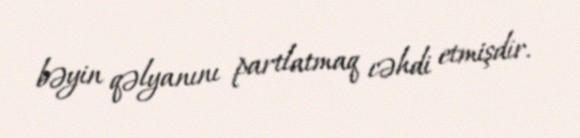
bəyin qəlyanını partlatmaq cəhdi etmişdir.